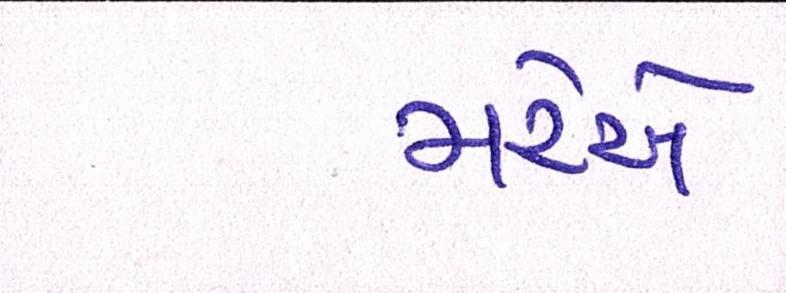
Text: મરેએ